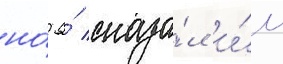
но́ я́ сказа́л и́м